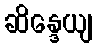
ဆိန္ဒေယျ